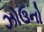
ઝોઉનો